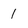
Character: 1